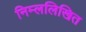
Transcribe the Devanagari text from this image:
निम्ललिखित